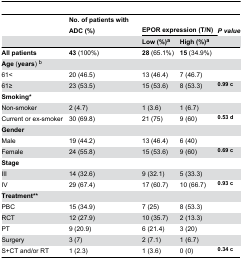
|  | No. of patients with ADC (%) | <COLSPAN=2> EPOR expression (T/N) | P value |
 |  |  | Low (%)a | High (%)a |  |
 | --- | --- | --- | --- | --- |
 | All patients | 43 (100%) | 28 (65.1%) | 15 (34.9%) |  |
 | Age (years) b |  |  |  |  |
 | 61< | 20 (46.5) | 13 (46.4) | 7 (46.7) |  |
 | 61≥ | 23 (53.5) | 15 (53.6) | 8 (53.3) | 0.99 c |
 | Smoking* |  |  |  |  |
 | Non-smoker | 2 (4.7) | 1 (3.6) | 1 (6.7) |  |
 | Current or ex-smoker | 30 (69.8) | 21 (75) | 9 (60) | 0.53 d |
 | Gender |  |  |  |  |
 | Male | 19 (44.2) | 13 (46.4) | 6 (40) |  |
 | Female | 24 (55.8) | 15 (53.6) | 9 (60) | 0.69 c |
 | Stage |  |  |  |  |
 | III | 14 (32.6) | 9 (32.1) | 5 (33.3) |  |
 | IV | 29 (67.4) | 17 (60.7) | 10 (66.7) | 0.93 c |
 | Treatment** |  |  |  |  |
 | PBC | 15 (34.9) | 7 (25) | 8 (53.3) |  |
 | RCT | 12 (27.9) | 10 (35.7) | 2 (13.3) |  |
 | PT | 9 (20.9) | 6 (21.4) | 3 (20) |  |
 | Surgery | 3 (7) | 2 (7.1) | 1 (6.7) |  |
 | S+CT and/or RT | 1 (2.3) | 1 (3.6) | 0 (0) | 0.34 c |